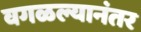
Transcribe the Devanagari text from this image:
वगळल्यानंतर